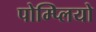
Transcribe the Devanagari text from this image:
पोम्प्लियो